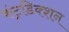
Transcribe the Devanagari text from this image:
कंट्रडिक्शन